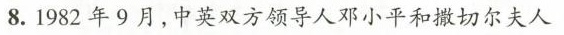
8.1982年9月，中英双方领导人邓小平和撒切尔夫人